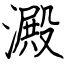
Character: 澱